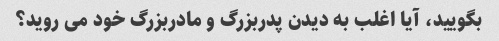
بگویید، آیا اغلب به دیدن پدربزرگ و مادربزرگ خود می روید؟